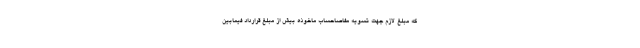
كه مبلغ لازم جهت تسويه مفاصاحساب ماخوذه بيش از مبلغ قرارداد فيمابين